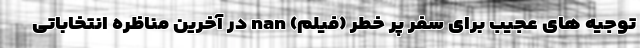
توجیه های عجیب برای سفر پر خطر (فیلم) nan در آخرین مناظره انتخاباتی